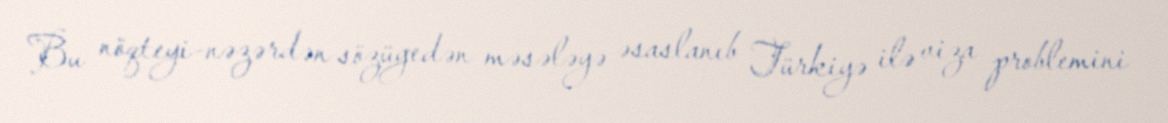
Bu nöqteyi-nəzərdən sözügedən məsələyə əsaslanıb Türkiyə ilə viza problemini